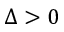
\Delta > 0